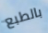
بالطبع